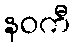
နဝကီ